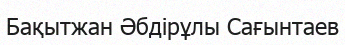
Бақытжан Әбдірұлы Сағынтаев